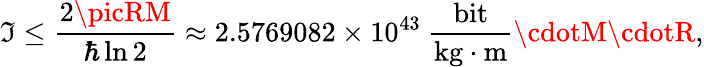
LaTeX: \mathfrak{I}\leq{\frac{{2\picRM}}{{\hbar\ln2}}}\approx2.5769082\times10^{43}\ {\frac{{\mathrm{{bit}}}}{{{\mathrm{{kg}}}\cdot{\mathrm{{m}}}}}}\cdotM\cdotR,